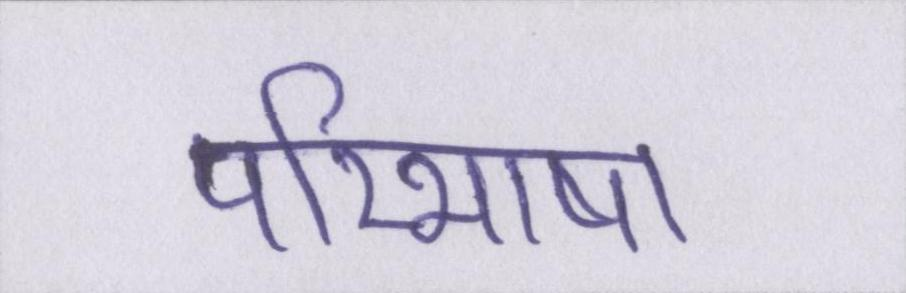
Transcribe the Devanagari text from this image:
परिभाषा